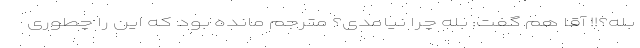
بله؟!! آقا هم گفت: بله چرا نیامدی؟ مترجم مانده بود که این را چطوری